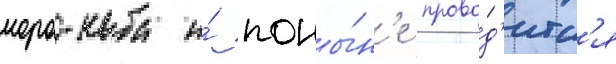
моро-наба и́ поны́н'е прово́д'итс'я